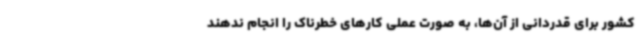
کشور برای قدردانی از آن‌ها، به صورت عملی کارهای خطرناک را انجام ندهند